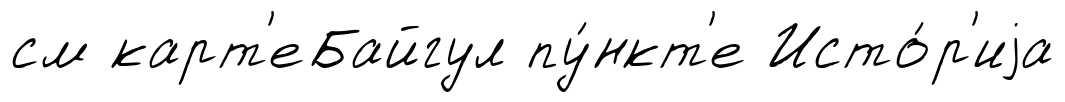
см карт'еБайгул пу́нкт'е Исто́р'иjа